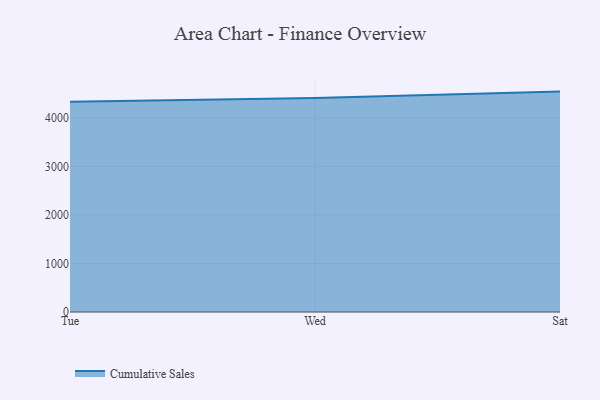
{"axis": {"x": "Day", "y": "Churn Rate (%)"}, "legend": ["Cumulative Sales"], "data": [{"x": "Tue", "y": 4336.5, "type": "Cumulative Sales"}, {"x": "Wed", "y": 4413.2, "type": "Cumulative Sales"}, {"x": "Sat", "y": 4546.8, "type": "Cumulative Sales"}]}